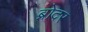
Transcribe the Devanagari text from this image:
ब्रोदर